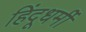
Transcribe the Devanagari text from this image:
हिंदूधर्मी